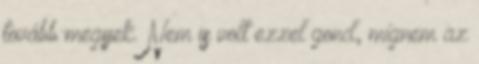
tovább megyek. Nem is volt ezzel gond, mígnem az